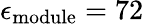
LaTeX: \epsilon_{\mathrm{module}}=72\